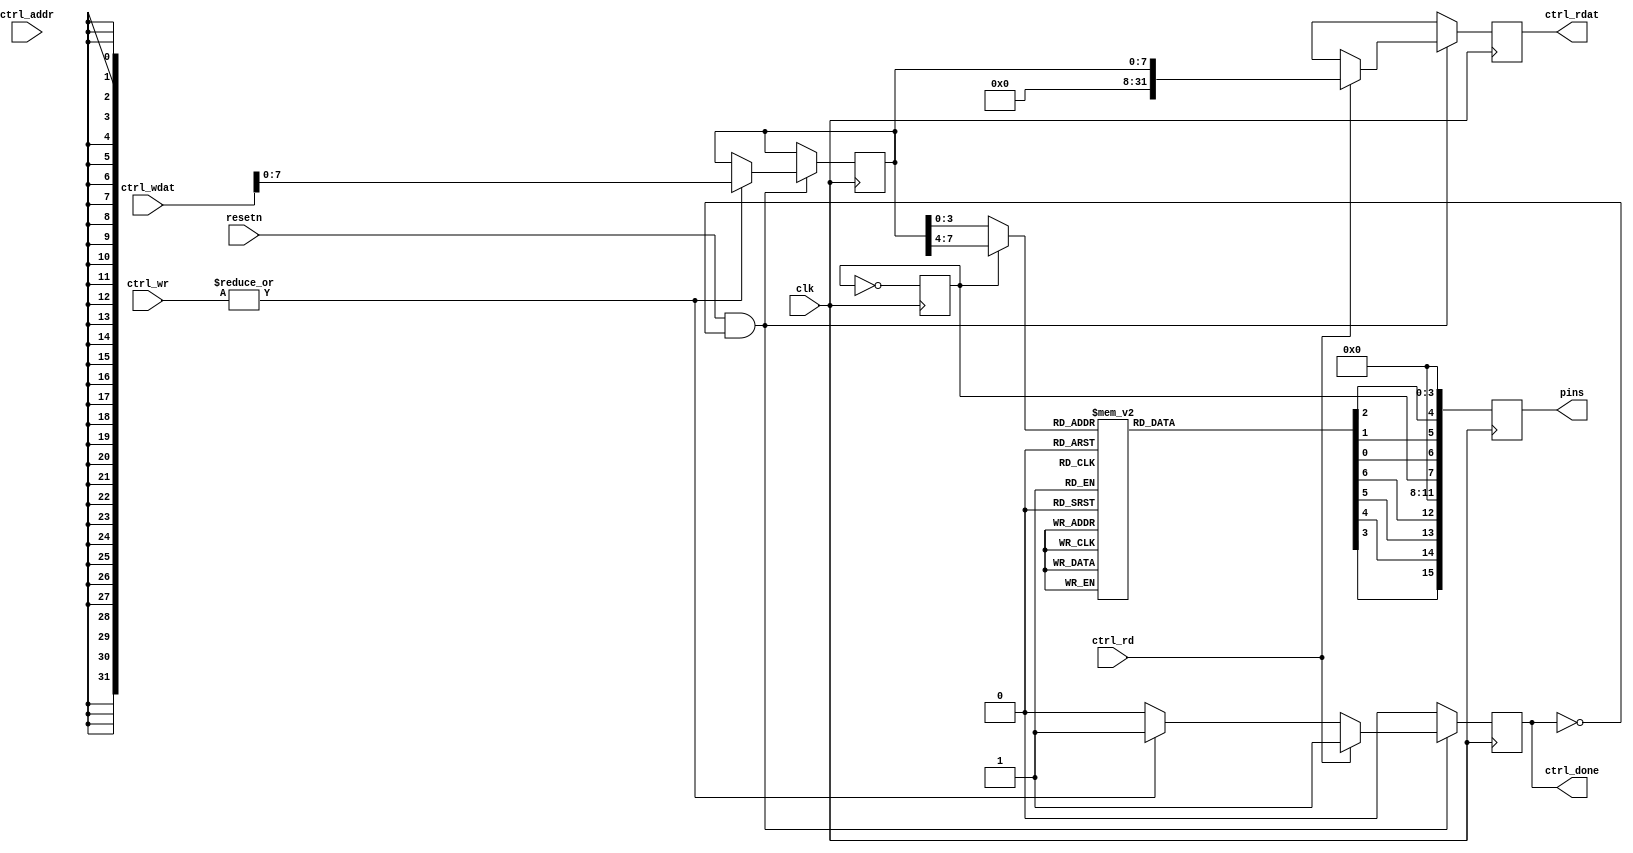
module icosoc_mod_pmodssd #(
	parameter integer CLOCK_FREQ_HZ = 6000000
) (
	input clk,
	input resetn,

	input [3:0] ctrl_wr,
	input ctrl_rd,
	input [15:0] ctrl_addr,
	input [31:0] ctrl_wdat,
	output reg [31:0] ctrl_rdat,
	output reg ctrl_done,

	output reg [15:0] pins
);
	reg [7:0] value;

	function [6:0] segments;
		input [3:0] x;
		case (x)
			4'h0: segments = 7'b1111110;
			4'h1: segments = 7'b0110000;
			4'h2: segments = 7'b1101101;
			4'h3: segments = 7'b1111001;
			4'h4: segments = 7'b0110011;
			4'h5: segments = 7'b1011011;
			4'h6: segments = 7'b1011111;
			4'h7: segments = 7'b1110000;
			4'h8: segments = 7'b1111111;
			4'h9: segments = 7'b1111011;
			4'hA: segments = 7'b1110111;
			4'hB: segments = 7'b0011111;
			4'hC: segments = 7'b1001110;
			4'hD: segments = 7'b0111101;
			4'hE: segments = 7'b1001111;
			4'hF: segments = 7'b1000111;
		endcase
	endfunction

	wire [6:0] segs = segments(digit_select ? value[7:4] : value[3:0]);

        reg digit_select;
	always @(posedge clk) begin
		digit_select <= !digit_select;
		pins <= {segs[3], segs[4], segs[5], segs[6], 4'b0000,
			digit_select, segs[0], segs[1], segs[2], 4'b0000};
	end

	always @(posedge clk) begin
		ctrl_rdat <= 'bx;
		ctrl_done <= 0;

		if (resetn && !ctrl_done) begin
			if (|ctrl_wr) begin
				ctrl_done <= 1;
				value <= ctrl_wdat;
			end
			if (ctrl_rd) begin
				ctrl_done <= 1;
				ctrl_rdat <= value;
			end
		end
	end


endmodule